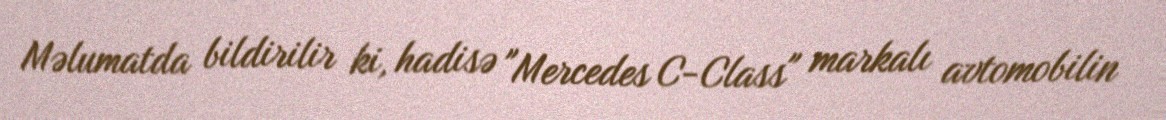
Məlumatda bildirilir ki, hadisə "Mercedes C-Class" markalı avtomobilin